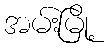
အမ်းမြို့